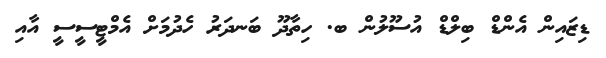
ޑިޒައިން އެންޑް ބިލްޑް އުސޫލުން ބ. ހިތާދޫ ބަނދަރު ހެދުމަށް އެމްޓީސީސީ އާއި